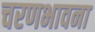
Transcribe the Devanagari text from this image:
चरणभावना